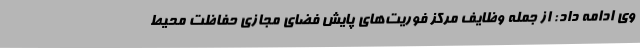
وی ادامه داد: از جمله وظایف مرکز فوریت‌های پایش فضای مجازی حفاظت محیط